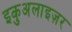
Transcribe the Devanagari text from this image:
इकुअलाइज़र